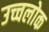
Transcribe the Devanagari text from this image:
उच्चलोक